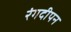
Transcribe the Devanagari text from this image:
रंगदीपन